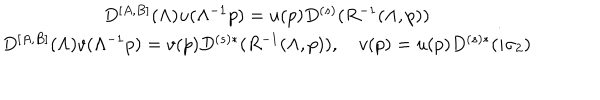
\begin{array} { c } { { D ^ { \left[ A , B \right] } ( \Lambda ) u ( \Lambda ^ { - 1 } p ) = u ( p ) D ^ { \left( s \right) } ( R ^ { - 1 } ( \Lambda , p ) ) } } \\ { { D ^ { \left[ A , B \right] } ( \Lambda ) v ( \Lambda ^ { - 1 } p ) = v ( p ) D ^ { \left( s \right) * } ( R ^ { - 1 } ( \Lambda , p ) ) , \quad v ( p ) = u ( p ) D ^ { \left( s \right) * } ( i \sigma _ { 2 } ) } } \\ \end{array} \, \, \, \, \, \,